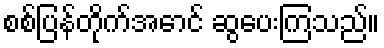
စစ်ပြန်တိုက်အောင် ဆွပေးကြသည်။